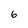
Character: 6